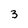
Character: 3